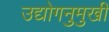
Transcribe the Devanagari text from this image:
उद्योगनुमुखी